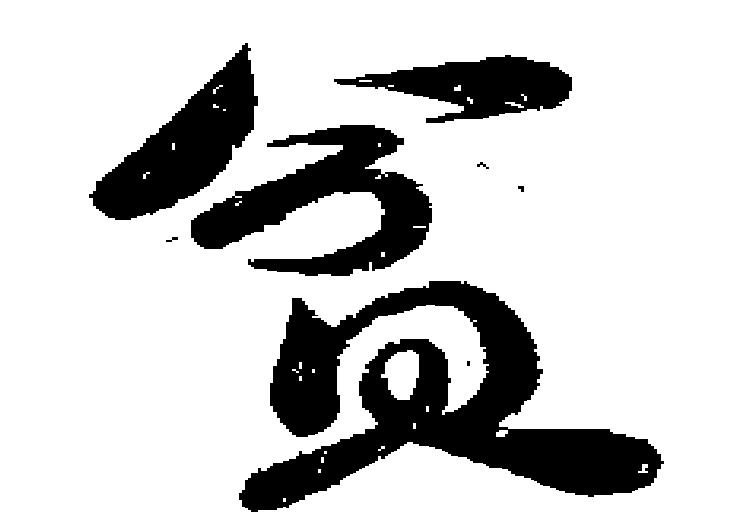
貧